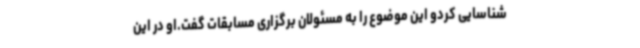
شناسایی کردو این موضوع را به مسئولان برگزاری مسابقات گفت.او در این